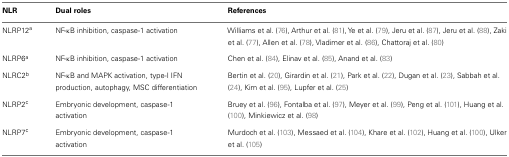
<table><thead><tr><td><b>NLR</b></td><td><b>Dual roles</b></td><td><b>Reference</b></td></tr></thead><tbody><tr><td>NLRP12<sup>a</sup></td><td>NF-κB inhibition, caspase-1 activation</td><td>Williams et al. (76), Arthur et al. (81), Ye et al. (79), Jeru et al. (87), Jeru et al. (88), Zaki et al. (77), Allen et al. (78), Vladimer et al. (86), Chattoraj et al. (80)</td></tr><tr><td>NLRP6<sup>a</sup></td><td>NF-κB inhibition, caspase-1 activation</td><td>Chen et al. (84), Elinav et al. (85), Anand et al. (83)</td></tr><tr><td>NLRC2<sup>b</sup></td><td>NF-κB and MAPK activation, type-I IFN production, autophagy, MSC differentiation</td><td>Bertin et al. (20), Girardin et al. (21), Park et al. (22), Dugan et al. (23), Sabbah et al. (24), Kim et al. (95), Lupfer et al. (25)</td></tr><tr><td>NLRP2<sup>c</sup></td><td>Embryonic development, caspase-1 activation</td><td>Bruey et al. (96), Fontalba et al. (97), Meyer et al. (99), Peng et al. (101), Huang et al. (100), Minkiewicz et al. (98)</td></tr><tr><td>NLRP7<sup>c</sup></td><td>Embryonic development, caspase-1 activation</td><td>Murdoch et al. (103), Messaed et al. (104), Khare et al. (102), Huang et al. (100), Ulker et al. (105)</td></tr></tbody></table>